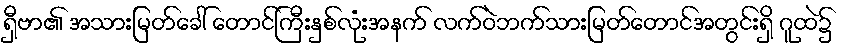
ရှီဗာ၏ အသားမြတ်ခေါ် တောင်ကြီးနှစ်လုံးအနက် လက်ဝဲဘက်သားမြတ်တောင်အတွင်းရှိ ဂူထဲ၌